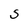
Character: S